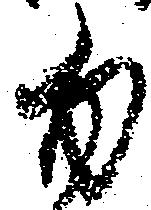
勿